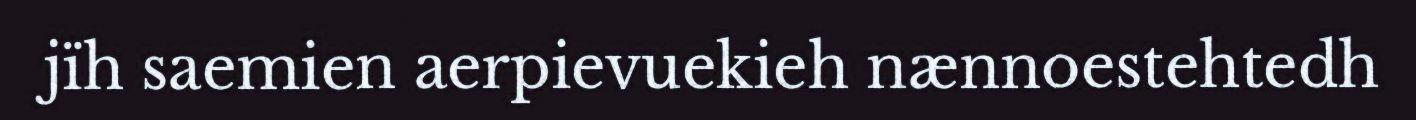
jïh saemien aerpievuekieh nænnoestehtedh